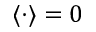
\langle \cdot \rangle = 0